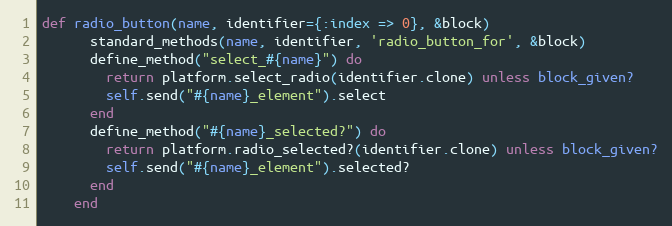
Language: Ruby
def radio_button(name, identifier={:index => 0}, &block)
      standard_methods(name, identifier, 'radio_button_for', &block)
      define_method("select_#{name}") do
        return platform.select_radio(identifier.clone) unless block_given?
        self.send("#{name}_element").select
      end
      define_method("#{name}_selected?") do
        return platform.radio_selected?(identifier.clone) unless block_given?
        self.send("#{name}_element").selected?
      end
    end